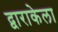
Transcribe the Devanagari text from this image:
द्वाराकेला